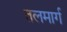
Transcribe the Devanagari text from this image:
तलमार्ग